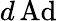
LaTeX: d\operatorname{Ad}